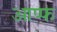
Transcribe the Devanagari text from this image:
आप्फ